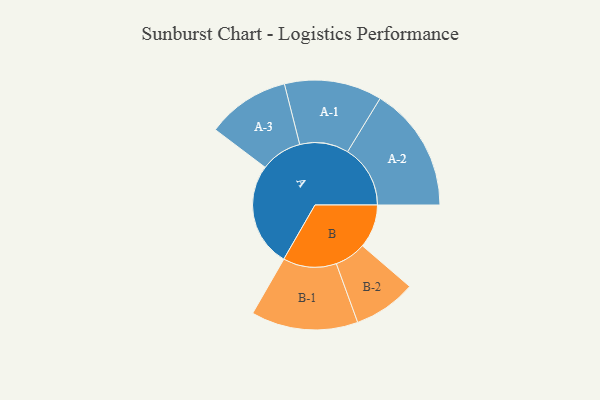
{"axis": {"x": "Segment", "y": "Value"}, "legend": ["", "A", "B"], "data": [{"x": "A", "y": 494, "type": ""}, {"x": "B", "y": 207, "type": ""}, {"x": "A-1", "y": 232, "type": "A"}, {"x": "A-2", "y": 298, "type": "A"}, {"x": "A-3", "y": 197, "type": "A"}, {"x": "B-1", "y": 254, "type": "B"}, {"x": "B-2", "y": 149, "type": "B"}]}